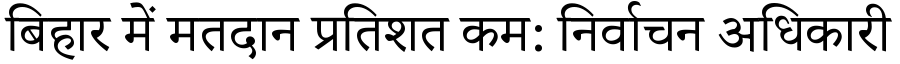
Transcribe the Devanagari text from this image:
बिहार में मतदान प्रतिशत कम: निर्वाचन अधिकारी